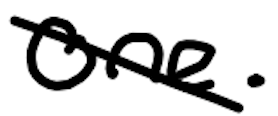
Text: One.
Cross-out: diagonal
Writing tool: digital_black